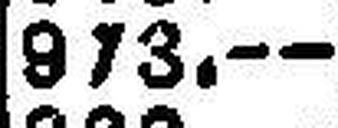
973.—